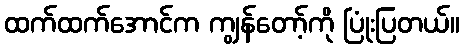
ထက်ထက်အောင်က ကျွန်တော့်ကို ပြုံးပြတယ်။